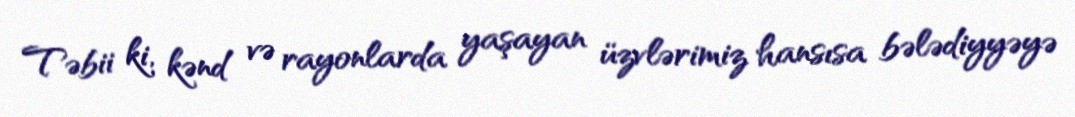
Təbii ki, kənd və rayonlarda yaşayan üzvlərimiz hansısa bələdiyyəyə